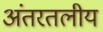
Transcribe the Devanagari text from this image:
अंतरतलीय